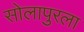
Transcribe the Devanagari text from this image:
सोलापुरला